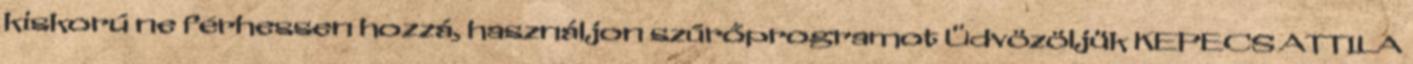
kiskorú ne férhessen hozzá, használjon szűrőprogramot Üdvözöljük KEPECS ATTILA